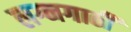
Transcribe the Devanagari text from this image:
लग्नगाठी